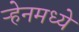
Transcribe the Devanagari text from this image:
ऱ्हेनमध्ये